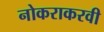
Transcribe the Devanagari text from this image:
नोकराकरवी